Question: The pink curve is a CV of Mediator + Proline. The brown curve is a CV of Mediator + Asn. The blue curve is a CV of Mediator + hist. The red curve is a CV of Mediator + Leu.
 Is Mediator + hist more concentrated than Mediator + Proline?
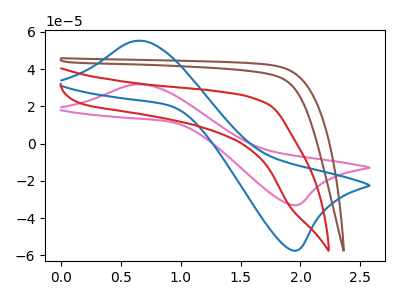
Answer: <think>The pink curve "Mediator + Proline" has an anodic peak at (0.65V, 31.75uA) and a cathodic peak at (1.95V, -33.05uA). The brown curve "Mediator + Asn" has no peaks. The blue curve "Mediator + hist" has an anodic peak at (0.65V, 55.20uA) and a cathodic peak at (1.95V, -57.45uA). The red curve "Mediator + Leu" has no peaks.
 All the peaks in "Mediator + hist" have a peak in "Mediator + Proline" at the same potential. Every peak in "Mediator + hist" is higher than every peak in "Mediator + Proline".</think>
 <answer>"Mediator + hist" has more signal than "Mediator + Proline" and so likely has a higher concentration.</answer>
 <eval>more_concentration</eval>